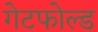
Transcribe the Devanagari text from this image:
गेटफोल्ड